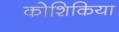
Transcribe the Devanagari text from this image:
कोशिकिया